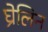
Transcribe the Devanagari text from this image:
घ्रेलिन